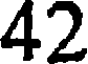
42